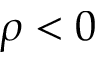
\rho < 0